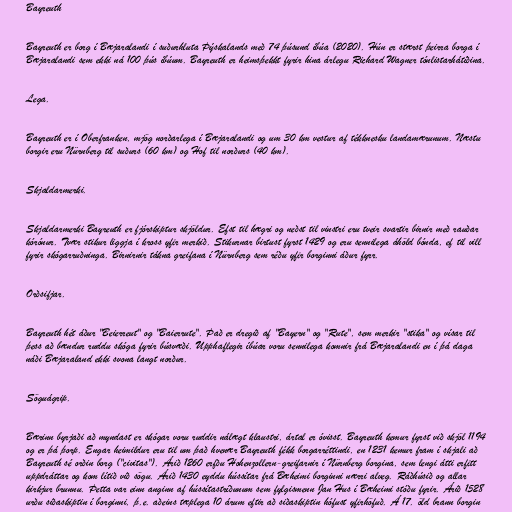
Bayreuth

Bayreuth er borg í Bæjaralandi í suðurhluta Þýskalands með 74 þúsund íbúa (2020). Hún er stærst þeirra borga í
Bæjaralandi sem ekki ná 100 þús íbúum. Bayreuth er heimsþekkt fyrir hina árlegu Richard Wagner tónlistarhátíðina.

Lega.

Bayreuth er í Oberfranken, mjög norðarlega í Bæjaralandi og um 30 km vestur af tékknesku landamærunum. Næstu
borgir eru Nürnberg til suðurs (60 km) og Hof til norðurs (40 km).

Skjaldarmerki.

Skjaldarmerki Bayreuth er fjórskiptur skjöldur. Efst til hægri og neðst til vinstri eru tveir svartir birnir með rauðar
kórónur. Tvær stikur liggja í kross yfir merkið. Stikurnar birtust fyrst 1429 og eru sennilega áhöld bónda, ef til vill
fyrir skógarruðninga. Birnirnir tákna greifana í Nürnberg sem réðu yfir borginni áður fyrr.

Orðsifjar.

Bayreuth hét áður "Beierreut" og "Baierrute". Það er dregið af "Bayern" og "Rute", sem merkir "stika" og vísar til
þess að bændur ruddu skóga fyrir búsvæði. Upphaflegir íbúar voru sennilega komnir frá Bæjaralandi en í þá daga
náði Bæjaraland ekki svona langt norður.

Söguágrip.

Bærinn byrjaði að myndast er skógar voru ruddir nálægt klaustri, ártal er óvisst. Bayreuth kemur fyrst við skjöl 1194
og er þá þorp. Engar heimildur eru til um það hvenær Bayreuth fékk borgarréttindi, en 1231 kemur fram í skjali að
Bayreuth sé orðin borg ("civitas"). Árið 1260 erfðu Hohenzollern-greifarnir í Nürnberg borgina, sem lengi átti erfitt
uppdráttar og kom lítið við sögu. Árið 1430 eyddu hússítar frá Bæheimi borginni nærri alveg. Ráðhúsið og allar
kirkjur brunnu. Þetta var einn anginn af hússítastríðunum sem fylgismenn Jan Hus í Bæheimi stóðu fyrir. Árið 1528
urðu siðaskiptin í borginni, þ.e. aðeins tæplega 10 árum eftir að siðaskiptin hófust yfirhöfuð. Á 17. öld brann borgin